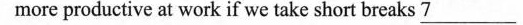
more productive at work if we take short breaks \underline{7}